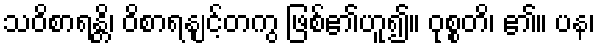
သဝိစာရန္တိ၊ ဝိစာရနျင့်တကွ ဖြစ်၏ဟူ၍။ ဝုစ္စတိ၊ ၏။ ပန၊